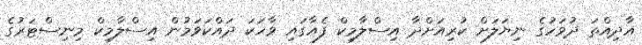
އާދިއްތަ ދުވަހުގެ ނިޔަލަށް ކުރިއަށްދާ އިސްލާމިކް ފެއާގައި ވާހަކަ ދައްކަވަމުން އިސްލާމިކް މިނިސްޓަރުގެ